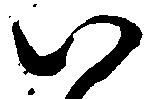
い